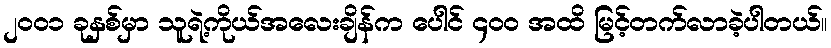
၂၀၀၁ ခုနှစ်မှာ သူရဲ့ကိုယ်အလေးချိန်က ပေါင် ၄၀၀ အထိ မြင့်တက်လာခဲ့ပါတယ်။